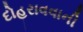
દોહરાવવાની